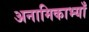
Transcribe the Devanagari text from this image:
अनामिकाभ्याँ